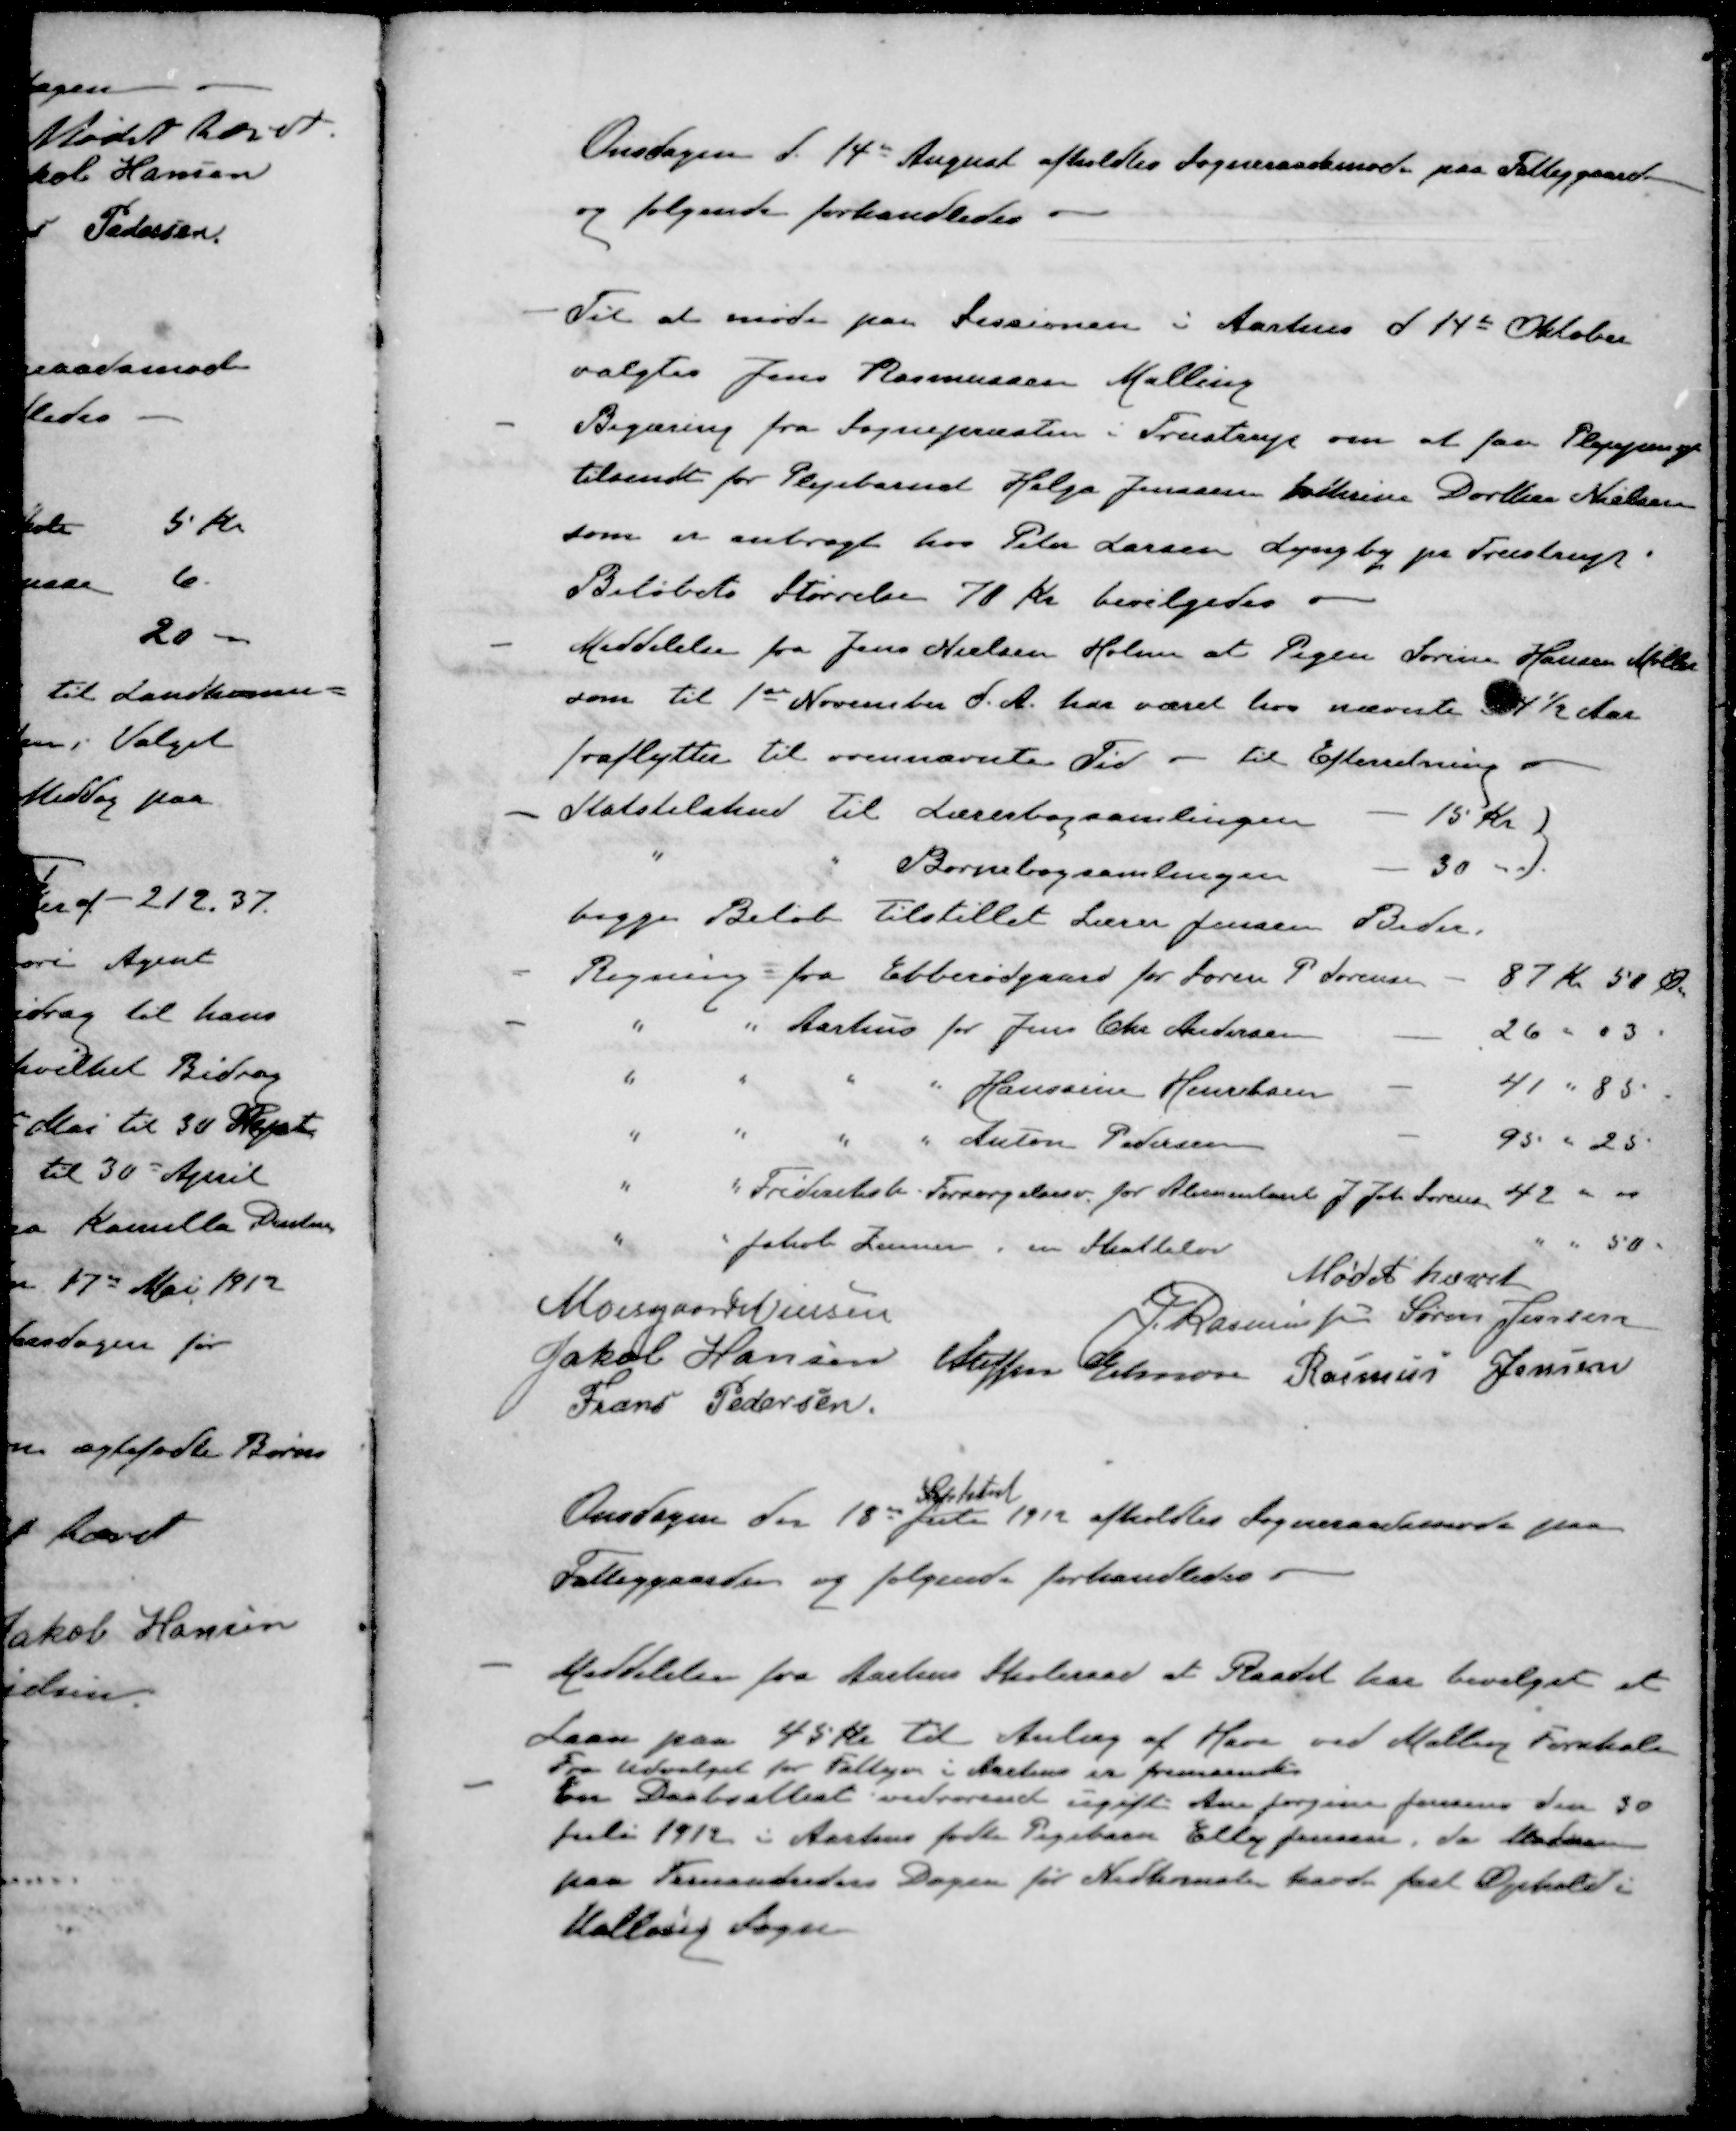
Transskription:
Onsdagen d. 14de August afholdtes Sogneraadsmøde paa Fattiggaarden
og følgende forhandledes
- Til at møde paa Sessionen i Aarhus d 14de Oktober
valgtes Jens Rasmussen Malling
- Begæring fra Sognepræsten i Trustrup om at faa Plejepenge
tilsendt for Plejebarnet Helga Jensen Kathrine Dorthea Nielsen
som er anbragt hos Peter Larsen Lyngby pr Trustrup.
Beløbets størrelse 70 Kr bevilgedes
- Meddelelse fra Jens Nielsen Holme at Pigen Sørine Hansen Møller
som til 1ste November d. A. har været hos nævnte 4½ Aar
fraflytter til ovennævnte Tid - til Efterretning
- Statstilskud til Lærerbogsamlingen - 15 Kr
" " Børnebogsamlingen 30 "
begge Beløb tilstillet Lærer Jensen Beder.
- Regning fra Ebberødgaard for Søren P Sørensen  87 Kr 50 Øre
" " Aarhus for Jens Chr Andersen - 26 " 03.
" " " " Hanssine Henriksen - 41 " 85
" " " " Anton Pedersen 95 " 25
" " Frederiksb. Forsørgelsesv. for Alimentant J. Joh. Larsen 42 " 00
" " Jakob Zeuner " en Skattelov " " 50
Mødet hævet
Moesgaard Nielsen
J Rasmussen
Søren Jensen
Jakob Hansen
Steffen Elmose
Rasmus Jensen
Frans Pedersen
Septebt
Onsdagen for 18½ Juli 1912 afholdtes Sogneraadsmøde paa
Fattiggaarden og følgende forhandledes
- Meddelelse fra Aarhus Skoleraad at Raadet har bevilget et
Laan paa 45 Kr til Anlæg af Have ved Malling Forskole
- Fra Udvalget for Fattigv i Aarhus er fremsendt
En Daabsattet vedrørende ugift Ane Jørgine Jensens den 30
Juli 1912 i Aarhus fødte Pigebarn Elly Jensen, da Moderen
paa Timaaneders Dagen for Nedkomsten have fast Ophold i
Malling Sogn